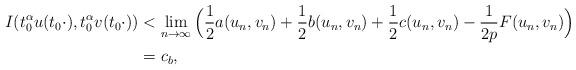
LaTeX: \begin{align*}I(t_{0}^{\alpha}u(t_{0}\cdot),t_{0}^{\alpha}v(t_{0}\cdot))&<\mathop{\lim}\limits_{n\rightarrow\infty}\Big(\frac{1}{2}a(u_{n},v_{n})+\frac{1}{2}b(u_{n},v_{n})+\frac{1}{2}c(u_{n},v_{n})-\frac{1}{2p}F(u_{n},v_{n})\Big)\\&=c_{b},\end{align*}